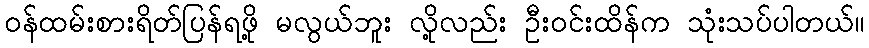
ဝန်ထမ်းစားရိတ်ပြန်ရဖို့ မလွယ်ဘူး လို့လည်း ဦးဝင်းထိန်က သုံးသပ်ပါတယ်။